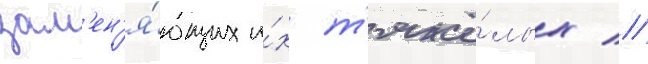
зам'ен'я́ющих и́х т'яжё́лых //